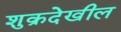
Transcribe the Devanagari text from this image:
शुक्रदेखील